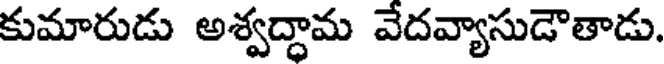
కుమారుడు అశ్వద్ధామ వేదవ్యాసుడౌతాడు.